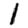
Digit: 1